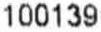
100139